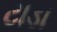
ટાડા